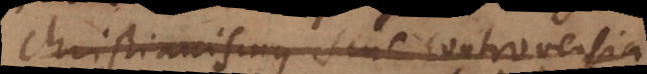
Christianismus sine controversia